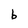
Character: b